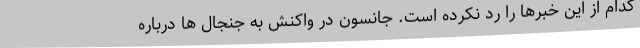
کدام از این خبرها را رد نکرده است. جانسون در واکنش به جنجال ها درباره